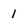
Character: 1